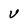
Character: v